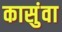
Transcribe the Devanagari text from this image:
कासुंवा